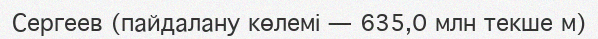
Сергеев (пайдалану көлемі — 635,0 млн текше м)